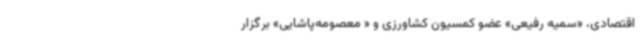
اقتصادی، «سمیه رفیعی» عضو کمسیون کشاورزی و « معصومه‌پاشایی» برگزار